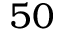
5 0